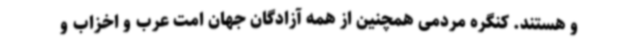
و هستند. کنگره مردمی همچنین از همه آزادگان جهان امت عرب و اخزاب و